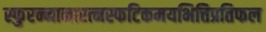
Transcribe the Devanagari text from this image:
स्फुरन्नानारत्नस्फटिकमयभित्तिप्रतिफल